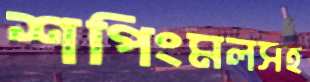
শপিংমলসহ